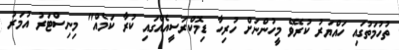
ތުހުމަތުގައި ހައްޔަރު ކުރެވޭ މީހުންނަށް ހުރިހާ ޑިމޮކްރަސީއެއްގައި ކުރާ ކަމެއް" މިނިސްޓަރު އުމަރު